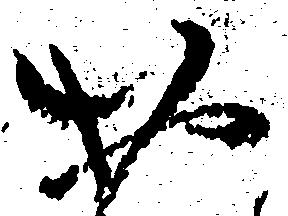
お